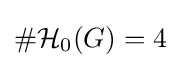
\#{\mathcal {H}}_{0}(G)=4